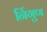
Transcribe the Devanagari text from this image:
र्निगुण